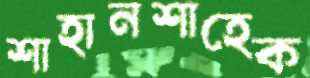
শাহানশাহেক